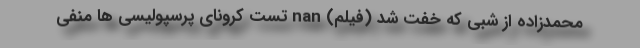
محمدزاده از شبی که خفت شد (فیلم) nan تست کرونای پرسپولیسی ها منفی